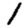
Digit: 1